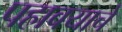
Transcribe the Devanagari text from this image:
पहावयाचे